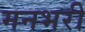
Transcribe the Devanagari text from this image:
मनभरी